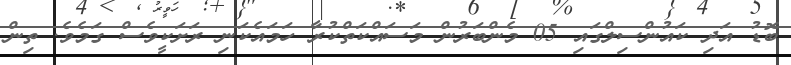
ބޮޑު އަދި ކައުންސިލްގައި 05 މެންބަރުން މަސައްކަތްކުރާ ހަމައެކަނި ރަށަކީވެސް ގަމެވެ. ތިން